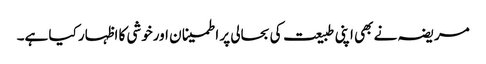
مریضہ نے بھی اپنی طبیعت کی بحالی پر اطمینا ن اورخوشی کا اظہار کیا ہے۔